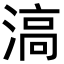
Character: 滈